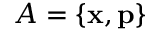
A = \{ \mathbf { x } , \mathbf { p } \}